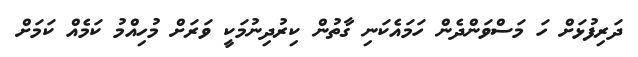
ދަރިފުޅަށް ހަ މަސްވަންދެން ހަމައެކަނި ގާތުން ކިރުދިނުމަކީ ވަރަށް މުހިއްމު ކަމެއް ކަމަށް